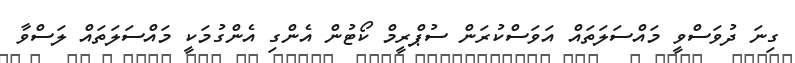
ގިނަ ދުވަސްވީ މައްސަލަތައް އަވަސްކުރަން ސުޕްރީމް ކޯޓުން އެންގި އެންގުމަކީ މައްސަލަތައް ލަސްވާ